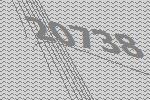
20738